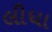
લીધા